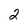
Character: 2